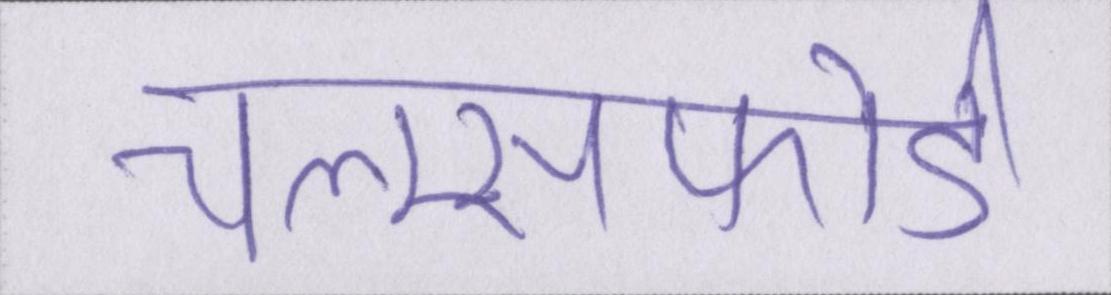
चेल्म्सफोर्ड